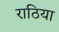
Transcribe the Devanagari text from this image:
राठिया